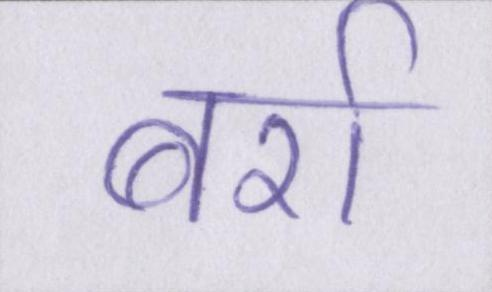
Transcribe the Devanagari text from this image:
बर्रा